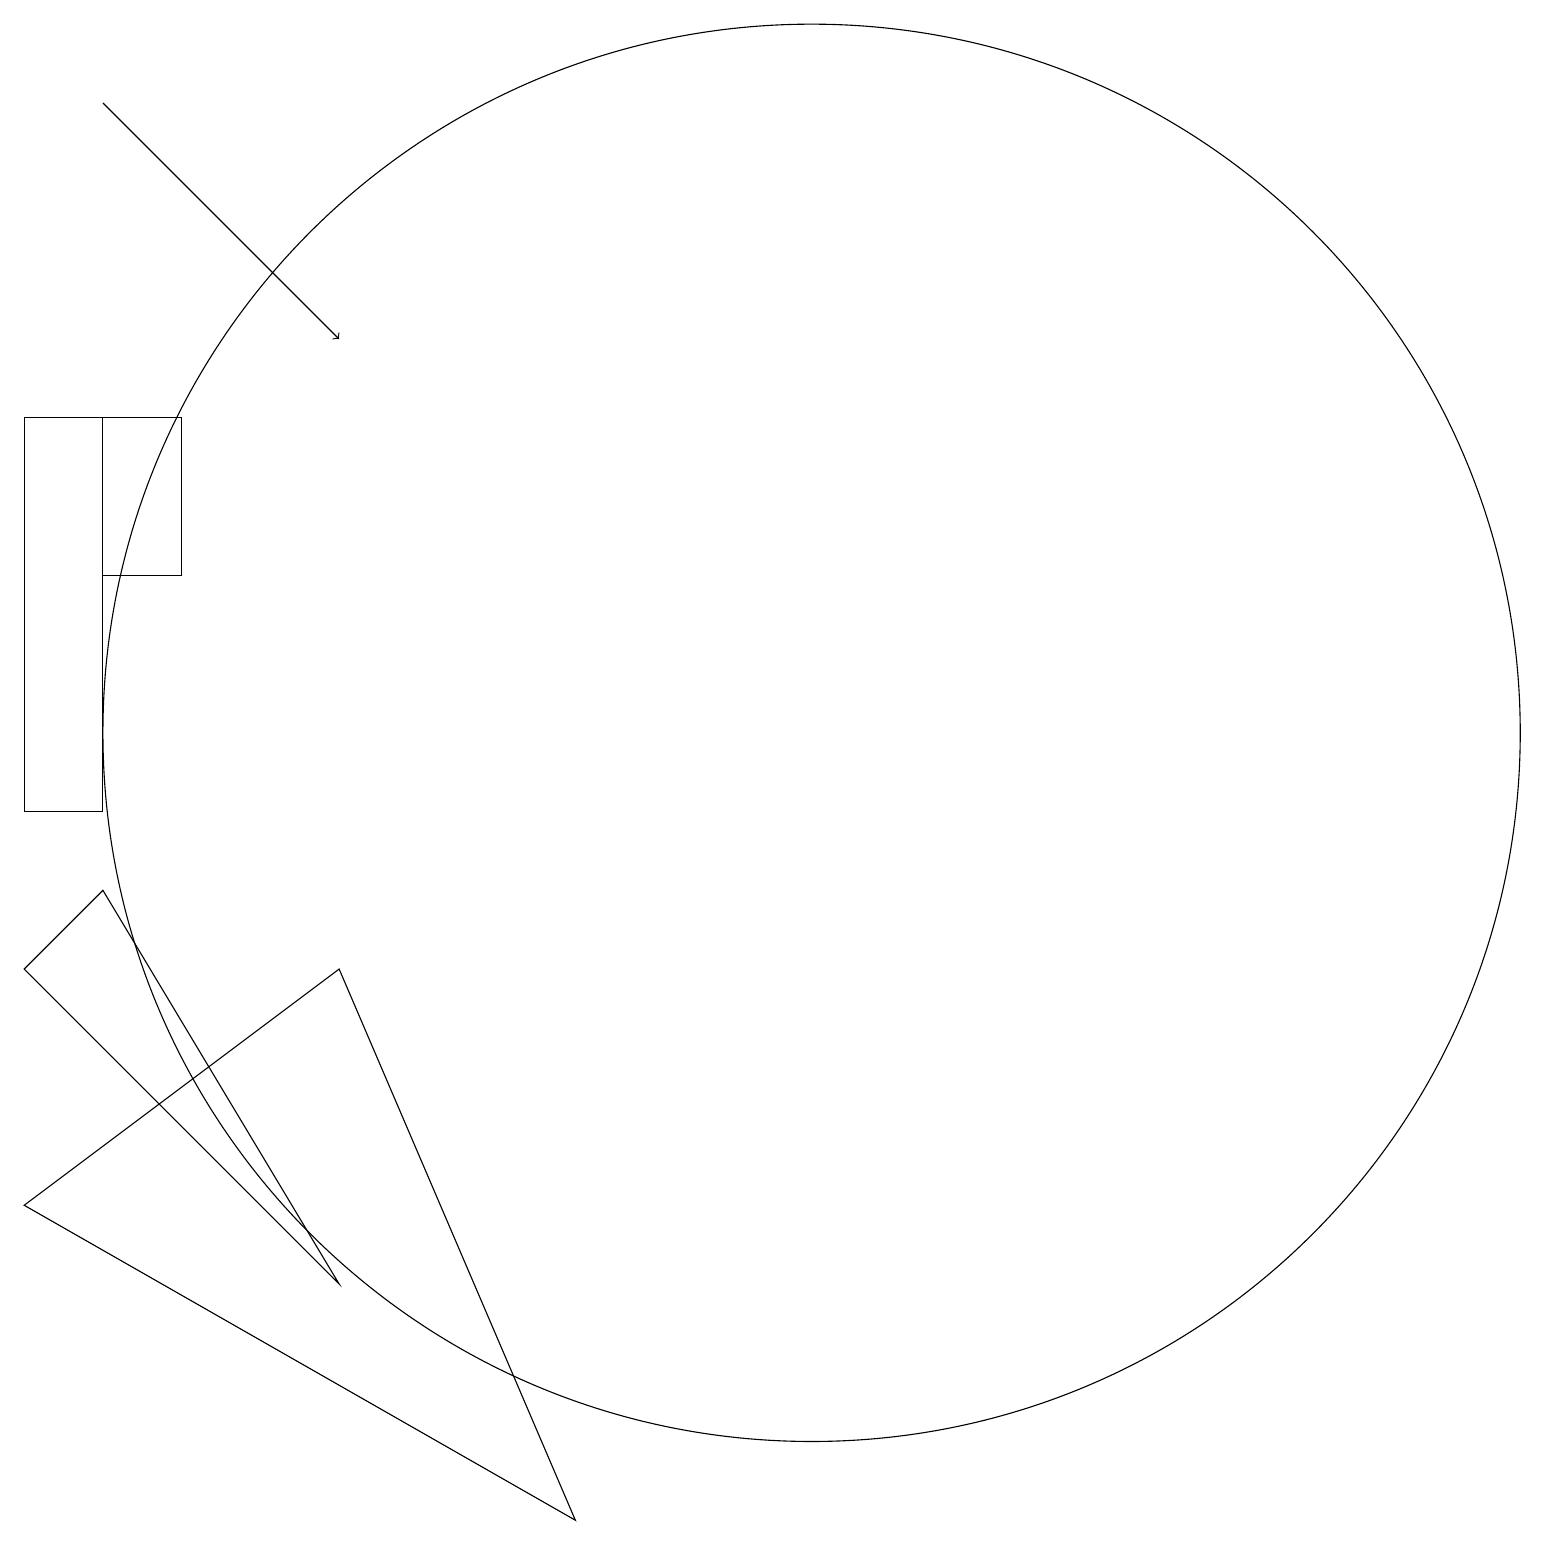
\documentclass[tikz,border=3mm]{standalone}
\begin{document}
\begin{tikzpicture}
\draw (10,11) circle (9);
\draw (1,13) rectangle (2,15);
\draw (1,9) -- (0,8) -- (4,4) -- cycle;
\draw (0,10) rectangle (1,15);
\draw[->] (1,19) -- (4,16);
\draw (7,1) -- (0,5) -- (4,8) -- cycle;
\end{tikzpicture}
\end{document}